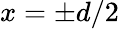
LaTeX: x=\pm d/2